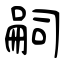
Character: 嗣